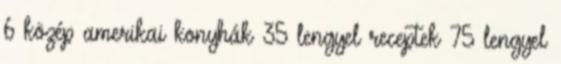
6 közép amerikai konyhák 35 lengyel receptek 75 lengyel